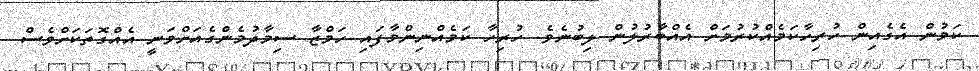
ކަމުން އެގެއިން ހުރިހާކަމެއްކުރުމަށް އެއްބާރުލުން ލިބުނެވެ. ހުރިހާ ކަމެއްނިންމާފައި ހަމްޒާ ސިމާދުމެންގެއަށްވަނީ އެއްގޮތަކަށްވެސް